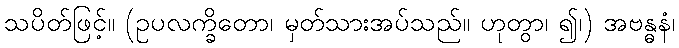
သပိတ်ဖြင့်။ (ဥပလက္ခိတော၊ မှတ်သားအပ်သည်။ ဟုတွာ၊ ၍၊) အဗန္ဓနံ၊